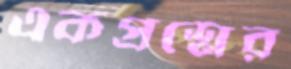
একপ্রশ্নের